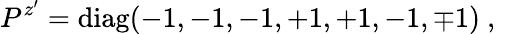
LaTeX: P^{z^{\prime}}=\mathrm{diag}(-1,-1,-1,+1,+1,-1,\mp 1)~,~\,